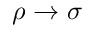
\rho \rightarrow \sigma